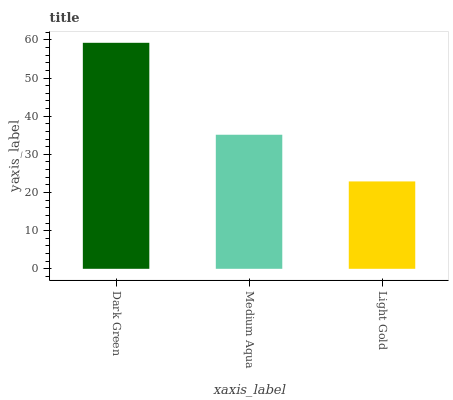
| xaxis_label | bars |
 | --- | --- |
 | Dark Green | 59.2 |
 | Medium Aqua | 35.1 |
 | Light Gold | 22.9 |